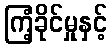
ကြံ့ခိုင်မှုနှင့်